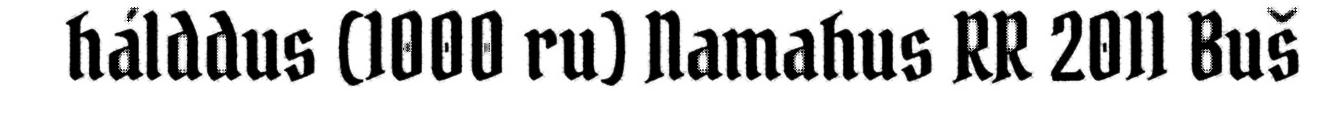
hálddus (1000 ru) Namahus RR 2011 Buš